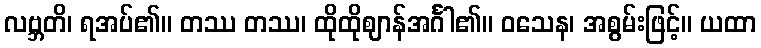
လဗ္ဘတိ၊ ရအပ်၏။ တဿ တဿ၊ ထိုထိုဈာန်အင်္ဂါ၏။ ဝသေန၊ အစွမ်းဖြင့်။ ယထာ